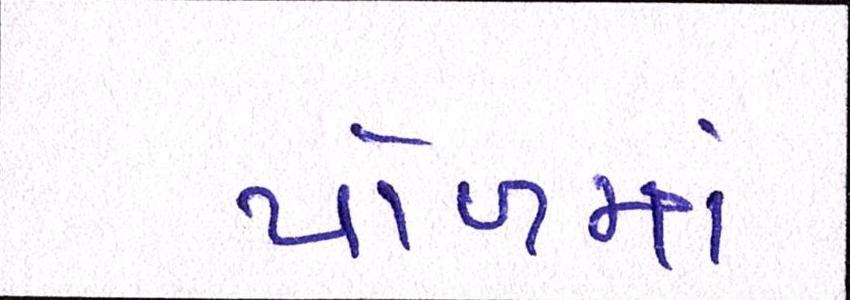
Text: પોળમાં